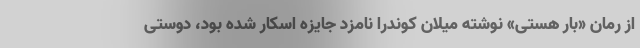
از رمان «بار هستی» نوشته میلان کوندرا نامزد جایزه اسکار شده بود، دوستی